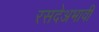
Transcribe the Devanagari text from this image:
रसदेअभावी